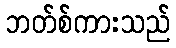
ဘတ်စ်ကားသည်